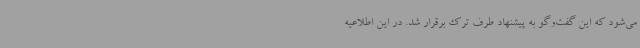
می‌شود که این گفت‌وگو به پیشنهاد طرف ترک برقرار شد. در این اطلاعیه